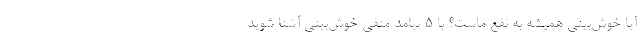
آیا خوش‌بینی همیشه به نفع ماست؟ با 5 پیامد منفی خوش‌بینی آشنا شوید